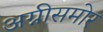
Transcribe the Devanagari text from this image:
अग्नीसमोर